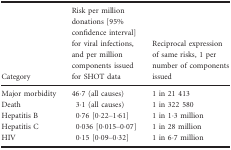
<table><thead><tr><td><b>Category</b></td><td><b>Risk per million donations [95% confidence interval] for viral infections, and per million components issued for SHOT data</b></td><td><b>Reciprocal expression of same risks, 1 per number of components issued</b></td></tr></thead><tbody><tr><td>Major morbidity</td><td>46·7 (all causes)</td><td>1 in 21 413</td></tr><tr><td>Death</td><td>3·1 (all causes)</td><td>1 in 322 580</td></tr><tr><td>Hepatitis B</td><td>0·76 [0·22–1·61]</td><td>1 in 1·3 million</td></tr><tr><td>Hepatitis C</td><td>0·036 [0·015–0·07]</td><td>1 in 28 million</td></tr><tr><td>HIV</td><td>0·15 [0·09–0·32]</td><td>1 in 6·7 million</td></tr></tbody></table>